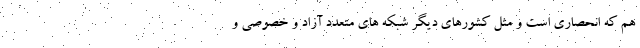
هم که انحصاری است و مثل کشورهای دیگر شبکه های متعدد آزاد و خصوصی و